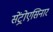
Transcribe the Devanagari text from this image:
सेंट्रोएसिनार